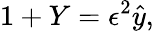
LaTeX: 1+Y=\epsilon^{2}\hat{y},